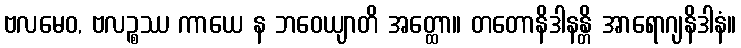
ဗလမေဝ, ဗလဉ္စဿ ကာယေ န ဘဝေယျာတိ အတ္ထော။ တတောနိဒါနန္တိ အာရောဂျနိဒါနံ။